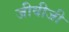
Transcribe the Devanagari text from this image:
जीवीजी